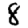
Digit: 8